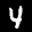
Label: 4